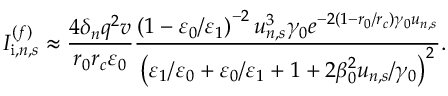
I _ { \mathrm { i } , n , s } ^ { ( f ) } \approx \frac { 4 \delta _ { n } q ^ { 2 } v } { r _ { 0 } r _ { c } \varepsilon _ { 0 } } \frac { \left( 1 - \varepsilon _ { 0 } / \varepsilon _ { 1 } \right) ^ { - 2 } u _ { n , s } ^ { 3 } \gamma _ { 0 } e ^ { - 2 \left( 1 - r _ { 0 } / r _ { c } \right) \gamma _ { 0 } u _ { n , s } } } { \left( \varepsilon _ { 1 } / \varepsilon _ { 0 } + \varepsilon _ { 0 } / \varepsilon _ { 1 } + 1 + 2 \beta _ { 0 } ^ { 2 } u _ { n , s } / \gamma _ { 0 } \right) ^ { 2 } } .